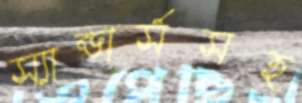
স্যান্ডার্সসহ